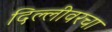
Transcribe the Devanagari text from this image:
दिल्लीवरचा